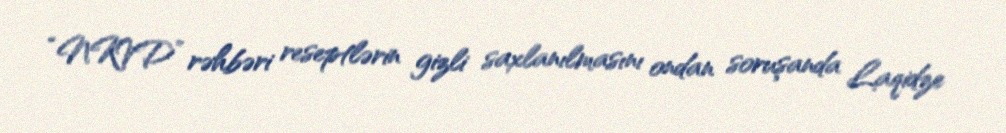
“NKVD” rəhbəri reseptlərin gizli saxlanılmasını ondan soruşanda Laqidze